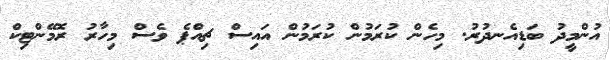
އުންމީދު ބަޑިއެނދުރު. މިހެން ކުރަމުން ކުރަމުން އައިސް ޗިއްޕެ ވެސް މިހާރު ރޮމޭންޓިކް